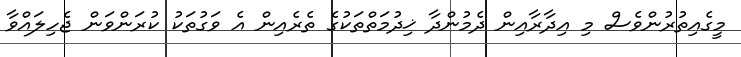
މީގެއިތުރުންވެސް މި އިދާރާއިން ދެމުންދާ ޚިދުމަތްތަކުގެ ތެރެއިން އެ ވަގުތަކު ކުރަންވަން ޖެހިލައްވާ